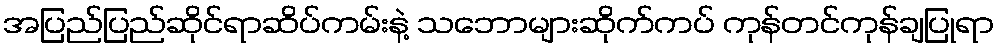
အပြည်ပြည်ဆိုင်ရာဆိပ်ကမ်းနဲ့ သဘောများဆိုက်ကပ် ကုန်တင်ကုန်ချပြုရာ